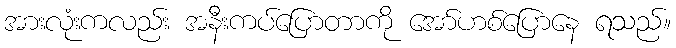
အားလုံးကလည်း အနီးကပ်ပြောတာကို အော်ဟစ်ပြောနေ ရသည်။